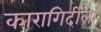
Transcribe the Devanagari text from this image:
कारागिर्दीला